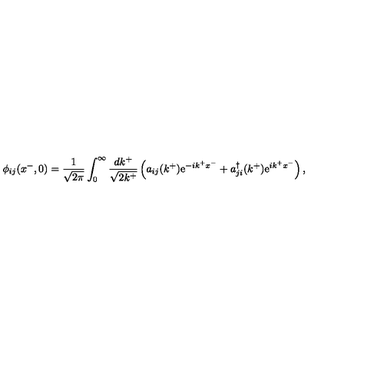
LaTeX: \phi _ { i j } ( x ^ { - } , 0 ) = \frac { 1 } { \sqrt { 2 \pi } } \int _ { 0 } ^ { \infty } \frac { d k ^ { + } } { \sqrt { 2 k ^ { + } } } \left( a _ { i j } ( k ^ { + } ) \mathrm { e } ^ { - i k ^ { + } x ^ { - } } + a _ { j i } ^ { \dag } ( k ^ { + } ) \mathrm { e } ^ { i k ^ { + } x ^ { - } } \right) ,